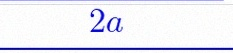
2a